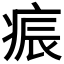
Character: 𭼏